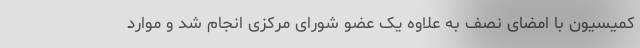
کمیسیون با امضای نصف به علاوه یک عضو شورای مرکزی انجام شد و موارد